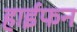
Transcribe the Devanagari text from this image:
हाईफन